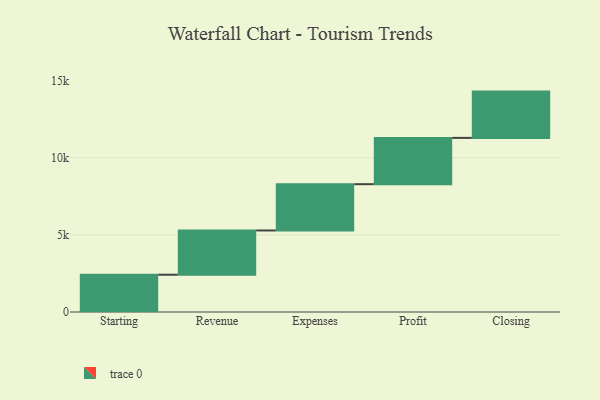
{"axis": {"x": "Step", "y": "Value"}, "legend": [""], "data": [{"x": "Starting", "y": 2416.0, "type": ""}, {"x": "Revenue", "y": 2868.0, "type": ""}, {"x": "Expenses", "y": 3000, "type": ""}, {"x": "Profit", "y": 3000, "type": ""}, {"x": "Closing", "y": 3000, "type": ""}]}